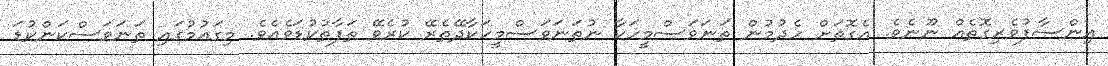
އިންސާފުވެރިގޮތެއް ނޫނެވެ. އެގޮތަށް ހެދުމުން ތަނަވަސްމީހަކާ ނުތަނަވަސްމީހަކާދޭތެރޭ ކުރެވޭ ތަފާތުކުޑަވެއެވެ. މިގައުމުގައި ތަނަވަސްކަންކުޑަ